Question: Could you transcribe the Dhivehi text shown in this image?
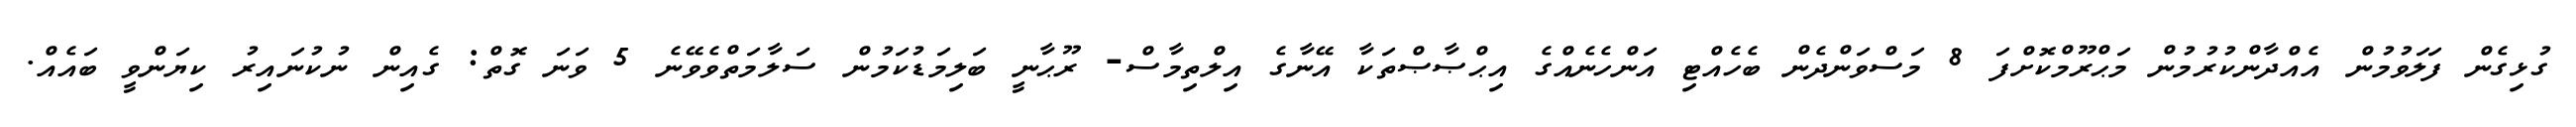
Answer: ގުޅިގެން ފަލަވުމުން އެއްދާންކުރުމުން މަޙްރޫމްކޮށްފަ 8 މަސްވަންދެން ބެހެއްޓި އަންހެނެއްގެ އިޙްޞާޞްތަކާ އޭނާގެ އިލްތިމާސް- ރޫޙާނީ ބަލިމަޑުކަމުން ސަލާމަތްވެވޭނެ 5 ވަނަ ގޮތް: ގެއިން ނުކުނައިރު ކިޔަންވީ ބައެއް.